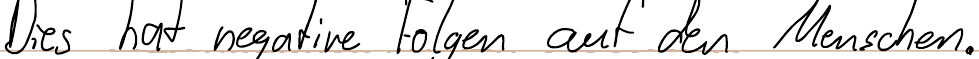
Dies hat negative Folgen auf den Menschen.